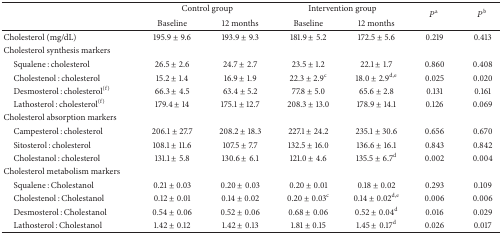
<table><thead><tr><td><b> </b></td><td colspan="2"><b>Control group</b></td><td colspan="2"><b>Intervention group</b></td><td rowspan="2"><b><i>P</i><sup>a</sup></b></td><td rowspan="2"><b><i>P</i><sup>b</sup></b></td></tr><tr><td><b> </b></td><td><b>Baseline</b></td><td><b>12 months</b></td><td><b>Baseline</b></td><td><b>12 months</b></td></tr></thead><tbody><tr><td>Cholesterol (mg/dL)</td><td>195.9 ± 9.6</td><td>193.9 ± 9.3</td><td>181.9 ± 5.2</td><td>172.5 ± 5.6</td><td>0.219</td><td>0.413</td></tr><tr><td>Cholesterol synthesis markers</td><td> </td><td> </td><td> </td><td> </td><td> </td><td> </td></tr><tr><td> Squalene : cholesterol</td><td>26.5 ± 2.6</td><td>24.7 ± 2.7</td><td>23.5 ± 1.2</td><td>22.1 ± 1.7</td><td>0.860</td><td>0.408</td></tr><tr><td> Cholestenol : cholesterol </td><td>15.2 ± 1.4</td><td>16.9 ± 1.9</td><td>22.3 ± 2.9<sup>c</sup></td><td>18.0 ± 2.9<sup>d,e</sup></td><td>0.025</td><td>0.020</td></tr><tr><td> Desmosterol : cholesterol<sup>(f)</sup></td><td>66.3 ± 4.5</td><td>63.4 ± 5.2</td><td>77.8 ± 5.0</td><td>65.6 ± 2.8</td><td>0.131</td><td>0.161</td></tr><tr><td> Lathosterol : cholesterol<sup>(f)</sup></td><td>179.4 ± 14</td><td>175.1 ± 12.7</td><td>208.3 ± 13.0</td><td>178.9 ± 14.1</td><td>0.126</td><td>0.069</td></tr><tr><td>Cholesterol absorption markers</td><td> </td><td> </td><td> </td><td> </td><td> </td><td> </td></tr><tr><td> Campesterol : cholesterol </td><td>206.1 ± 27.7</td><td>208.2 ± 18.3</td><td>227.1 ± 24.2</td><td>235.1 ± 30.6</td><td>0.656</td><td>0.670</td></tr><tr><td> Sitosterol : cholesterol</td><td>108.1 ± 11.6</td><td>107.5 ± 7.7</td><td>132.5 ± 16.0</td><td>136.6 ± 16.1</td><td>0.843</td><td>0.842</td></tr><tr><td> Cholestanol : cholesterol</td><td>131.1 ± 5.8</td><td>130.6 ± 6.1</td><td>121.0 ± 4.6</td><td>135.5 ± 6.7<sup>d</sup></td><td>0.002</td><td>0.004</td></tr><tr><td>Cholesterol metabolism markers</td><td> </td><td> </td><td> </td><td> </td><td> </td><td> </td></tr><tr><td> Squalene : Cholestanol</td><td>0.21 ± 0.03</td><td>0.20 ± 0.03</td><td>0.20 ± 0.01</td><td>0.18 ± 0.02</td><td>0.293</td><td>0.109</td></tr><tr><td> Cholestenol : Cholestanol</td><td>0.12 ± 0.01</td><td>0.14 ± 0.02</td><td>0.20 ± 0.03<sup>c</sup></td><td>0.14 ± 0.02<sup>d,e</sup></td><td>0.006</td><td>0.006</td></tr><tr><td> Desmosterol : Cholestanol</td><td>0.54 ± 0.06</td><td>0.52 ± 0.06</td><td>0.68 ± 0.06</td><td>0.52 ± 0.04<sup>d</sup></td><td>0.016</td><td>0.029</td></tr><tr><td> Lathosterol : Cholestanol</td><td>1.42 ± 0.12</td><td>1.42 ± 0.13</td><td>1.81 ± 0.15</td><td>1.45 ± 0.17<sup>d</sup></td><td>0.026</td><td>0.017</td></tr></tbody></table>